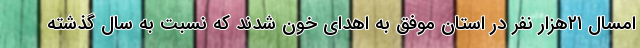
امسال ۲۱هزار نفر در استان موفق به اهدای خون شدند که نسبت به سال گذشته